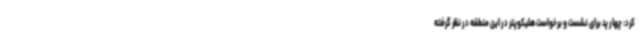
کرد: چهار پد برای نشست و برخواست هلیکوپتر در این منطقه در نظر گرفته